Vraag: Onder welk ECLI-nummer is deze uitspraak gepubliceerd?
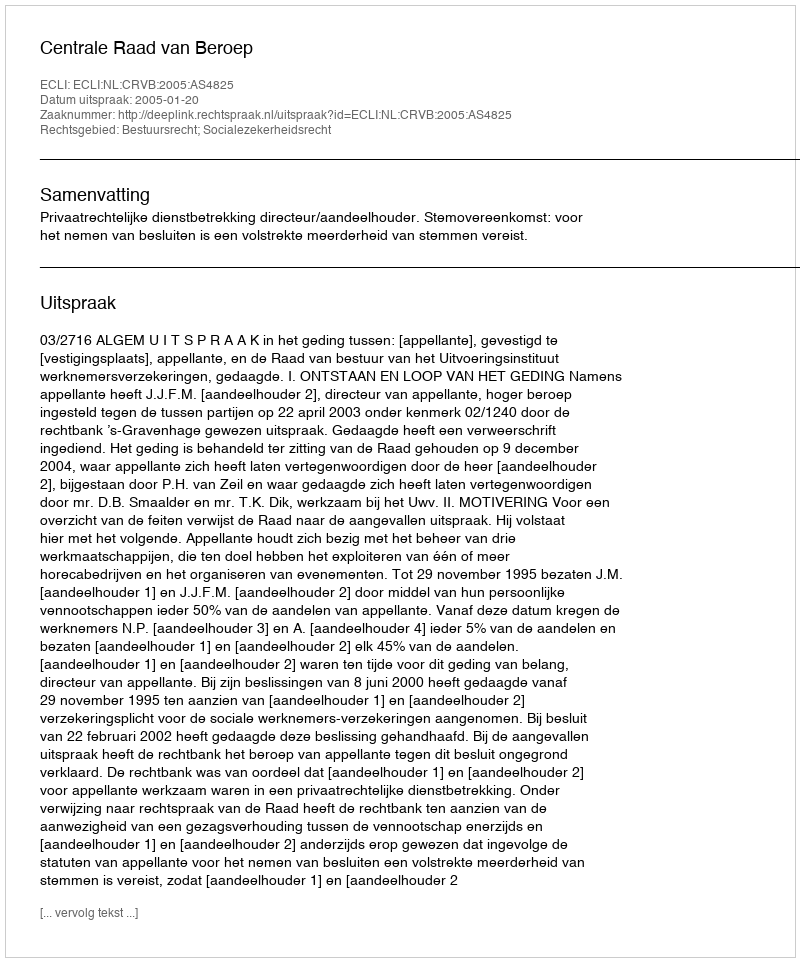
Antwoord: ECLI:NL:CRVB:2005:AS4825